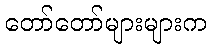
တော်တော်များများက